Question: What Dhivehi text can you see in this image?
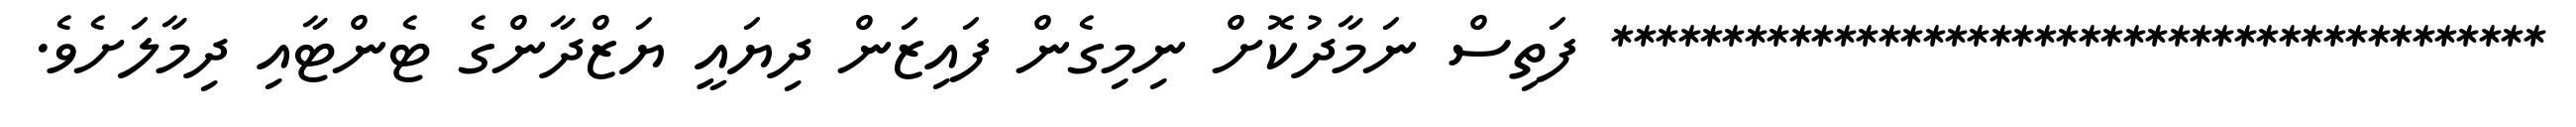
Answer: ****************************************** ފަތިސް ނަމާދުކޮށް ނިމިގެން ފައިޒަން ދިޔައީ ޔަޒްދާންގެ ޓެންޓާއި ދިމާލަށެވެ.